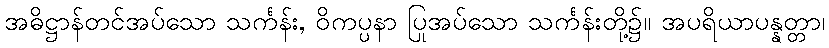
အဓိဋ္ဌာန်တင်အပ်သော သင်္ကန်း, ဝိကပ္ပနာ ပြုအပ်သော သင်္ကန်းတို့၌။ အပရိယာပန္နတ္တာ၊